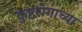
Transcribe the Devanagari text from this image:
कुष्टरोगाच्या